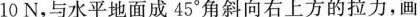
10N，与水平地面成45°角斜向右上方的拉力，画